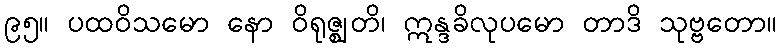
၉၅။ ပထဝိသမော နော ဝိရုဇ္ဈတိ၊ ဣန္ဒခိလုပမော တာဒိ သုဗ္ဗတော။